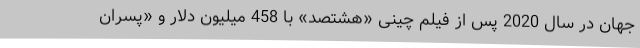
جهان در سال 2020 پس از فیلم چینی «هشتصد» با 458 میلیون دلار و «پسران